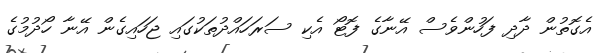
އެގޮތުން ދާދި ފަހުންވެސް އޭނާގެ ފޮޓޯ އެކި ސަރަހައްދުތަކުގައި ޖަހައިގެން އޭނާ ހޯދުމުގެ